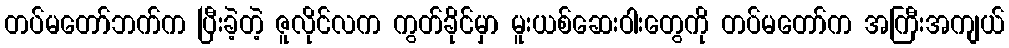
တပ်မတော်ဘက်က ပြီးခဲ့တဲ့ ဇူလိုင်လက ကွတ်ခိုင်မှာ မူးယစ်ဆေးဝါးတွေကို တပ်မတော်က အကြီးအကျယ်